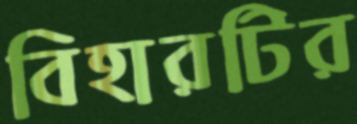
বিহারটির